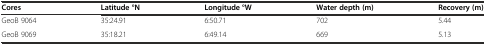
| Cores | Latitude °N | Longitude °W | Water depth (m) | Recovery (m) |
 | --- | --- | --- | --- | --- |
 | GeoB 9064 | 35:24.91 | 6:50.71 | 702 | 5.44 |
 | GeoB 9069 | 35:18.21 | 6:49.14 | 669 | 5.13 |